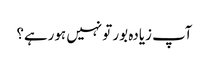
آپ زیادہ بور تو نہیں ہورہے؟